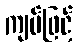
ကျပ်ဖြင့်